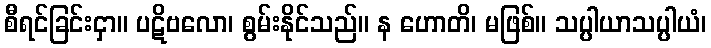
စီရင်ခြင်းငှာ။ ပဋိဗလော၊ စွမ်းနိုင်သည်။ န ဟောတိ၊ မဖြစ်။ သပ္ပါယာသပ္ပါယံ၊